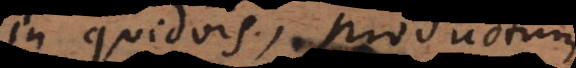
in quidvis, productum